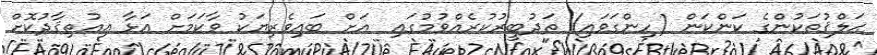
ޙަލްޤުތަކުންގެ ކަންކަން (ހިންގަވައި) ތަދުބީރުކުރެއްވުމުގައި  އަށް ބައިވެރިޔަކު ވާކަމަށް އަޅާ އިޢުތިޤާދުކޮށް